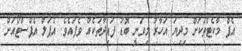
އެޕް މާކެޓްތަކަށް މިދިޔަ އަހާރު މިވަނީ ބޮޑު ފައިދާތަކެއް ވެފައެވެ. އެޕަލް އެޕްސްޓޯއަށް